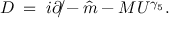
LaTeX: D \; = \; i \rlap { / } { \partial } - \hat { m } - M U ^ { \gamma _ { 5 } } .